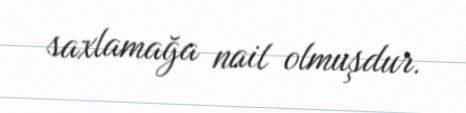
saxlamağa nail olmuşdur.